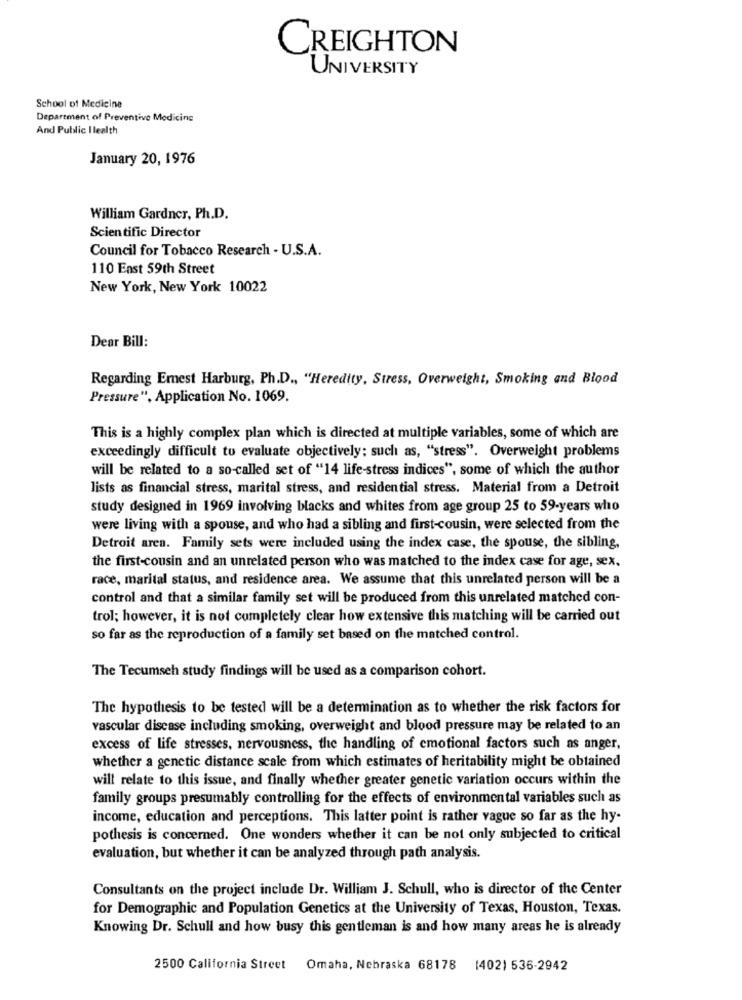
CREIGHTON
UNIVERSITY
School of Medicine
Department of Preventive Medicine
And Public Ilealth
January 20, 1976
William Gardner, Ph.D.
Scientific Director
Council for Tobacco Research - U.S.A.
110 East 59th Street
New York, New York 10022
Dear Bill:
Regarding Emest Harburg, Ph.D ., "Heredity, Stress, Overweight, Smoking and Blood
Pressure", Application No. 1069.
This is a highly complex plan which is directed at multiple variables, some of which are
exceedingly difficult to evaluate objectively: such as, "stress". Overweight problems
will be related to a so-called set of "14 life-stress indices", some of which the author
lists as financial stress, marital stress, and residential stress. Material from a Detroit
study designed in 1969 involving blacks and whites from age group 25 to 59-years who
were living with a spouse, and who had a sibling and first-cousin, were selected from the
Detroit aren. Family sets were included using the index case, the spouse, the sibling,
the first-cousin and an unrelated person who was matched to the index case for age, sex.
race, marital status, and residence area. We assume that this unrelated person will be a
control and that a similar family set will be produced from this unrelated matched con-
trol; however, it is not completely clear how extensive this matching will be carried out
so far as the reproduction of a family set based on the matched control.
The Tecumseh study findings will be used as a comparison cohort.
The hypothesis to be tested will be a determination as to whether the risk factors for
vascular disease including smoking, overweight and blood pressure may be related to an
excess of life stresses, nervousness, the handling of emotional factors such as anger,
whether a genetic distance scale from which estimates of heritability might be obtained
will relate to this issue, and finally whether greater genetic variation occurs within the
family groups presumably controlling for the effects of environmental variables such as
income, education and perceptions. This latter point is rather vague so far as the hy-
pothesis is concerned. One wonders whether it can be not only subjected to critical
evaluation, but whether it can be analyzed through path analysis.
Consultants on the project include Dr. William J. Schull, who is director of the Center
for Demographic and Population Genetics at the University of Texas, Houston, Texas.
Knowing Dr. Schull and how busy this gentleman is and how many areas he is already
2500 California Street Omaha, Nebraska 68178 (402) 536-2942